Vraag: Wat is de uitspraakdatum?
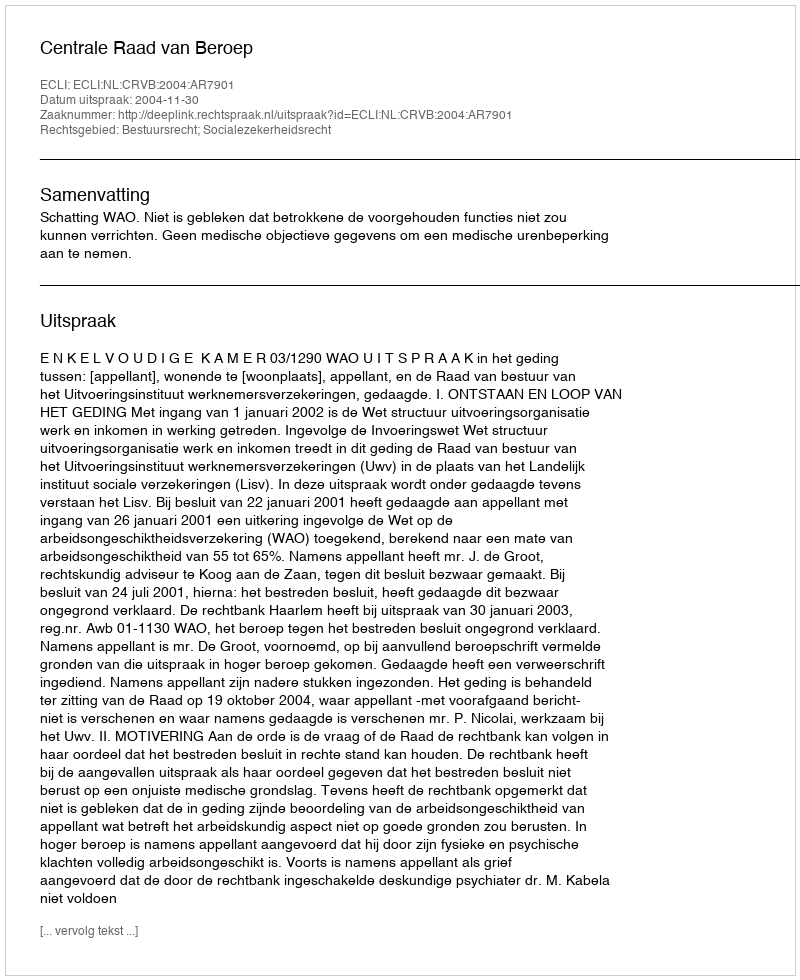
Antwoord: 2004-11-30